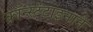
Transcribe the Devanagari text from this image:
कॉन्स्टंटाइनाने